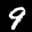
Label: 9